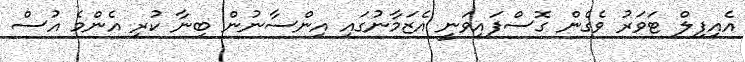
އެއިފިލް ޓަވަރު ވެގެން ގޮސްފައިވަނީ އެޒަމާނުގައި އިންސާނުން ބިނާ ކުރި އެންމެ އުސް